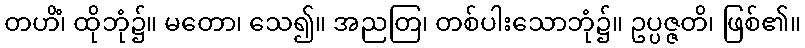
တဟိံ၊ ထိုဘုံ၌။ မတော၊ သေ၍။ အညတြ၊ တစ်ပါးသောဘုံ၌။ ဥပ္ပဇ္ဇတိ၊ ဖြစ်၏။